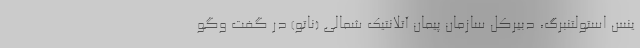
ینس استولتنبرگ، دبیرکل سازمان پیمان آتلانتیک شمالی (ناتو) در گفت وگو